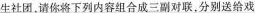
生社团，请你将下列内容组合成三副对联，分别送给戏